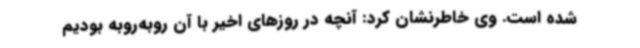
شده است. وی خاطرنشان کرد: آنچه در روزهای اخیر با آن روبه‌روبه بودیم